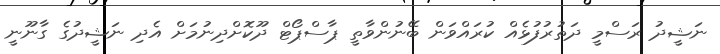
ނަޝީދު ރަސްމީ ދަތުރުފުޅެއް ކުރައްވަން ބޭނުންވާތީ ޕާސްޕޯޓް ދޫކޮށްދިނުމަށް އެދި ނަޝީދުގެ ގާނޫނީ